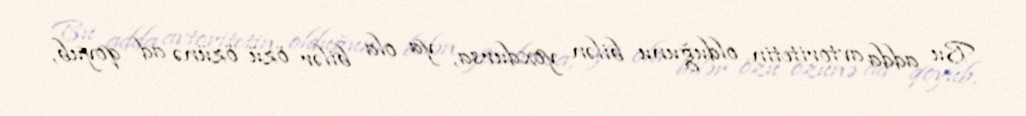
Bu adda avtoritetin olduğunu bilən yoxdursa, ya ola bilər özü özünə ad qoyub,